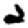
Digit: 2